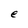
Character: e